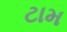
ટામ